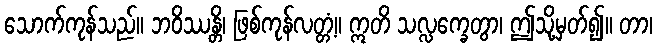
သောက်ကုန်သည်။ ဘဝိဿန္တိ၊ ဖြစ်ကုန်လတ္တံ့။ ဣတိ သလ္လက္ခေတွာ၊ ဤသို့မှတ်၍။ တာ၊